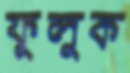
ফুলুক